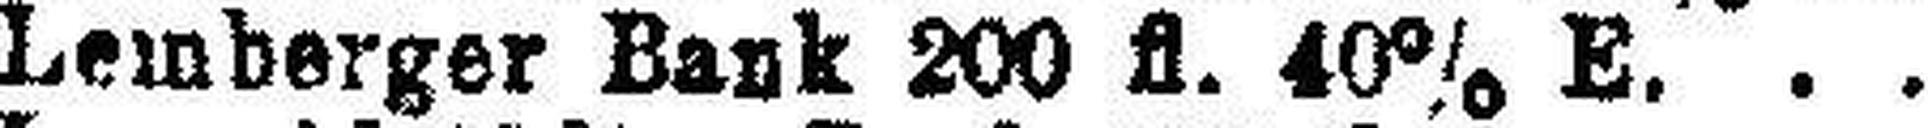
Lemberger Bank 200 fl. 40% E.